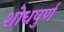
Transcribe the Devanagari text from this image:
शोधपुर्ण